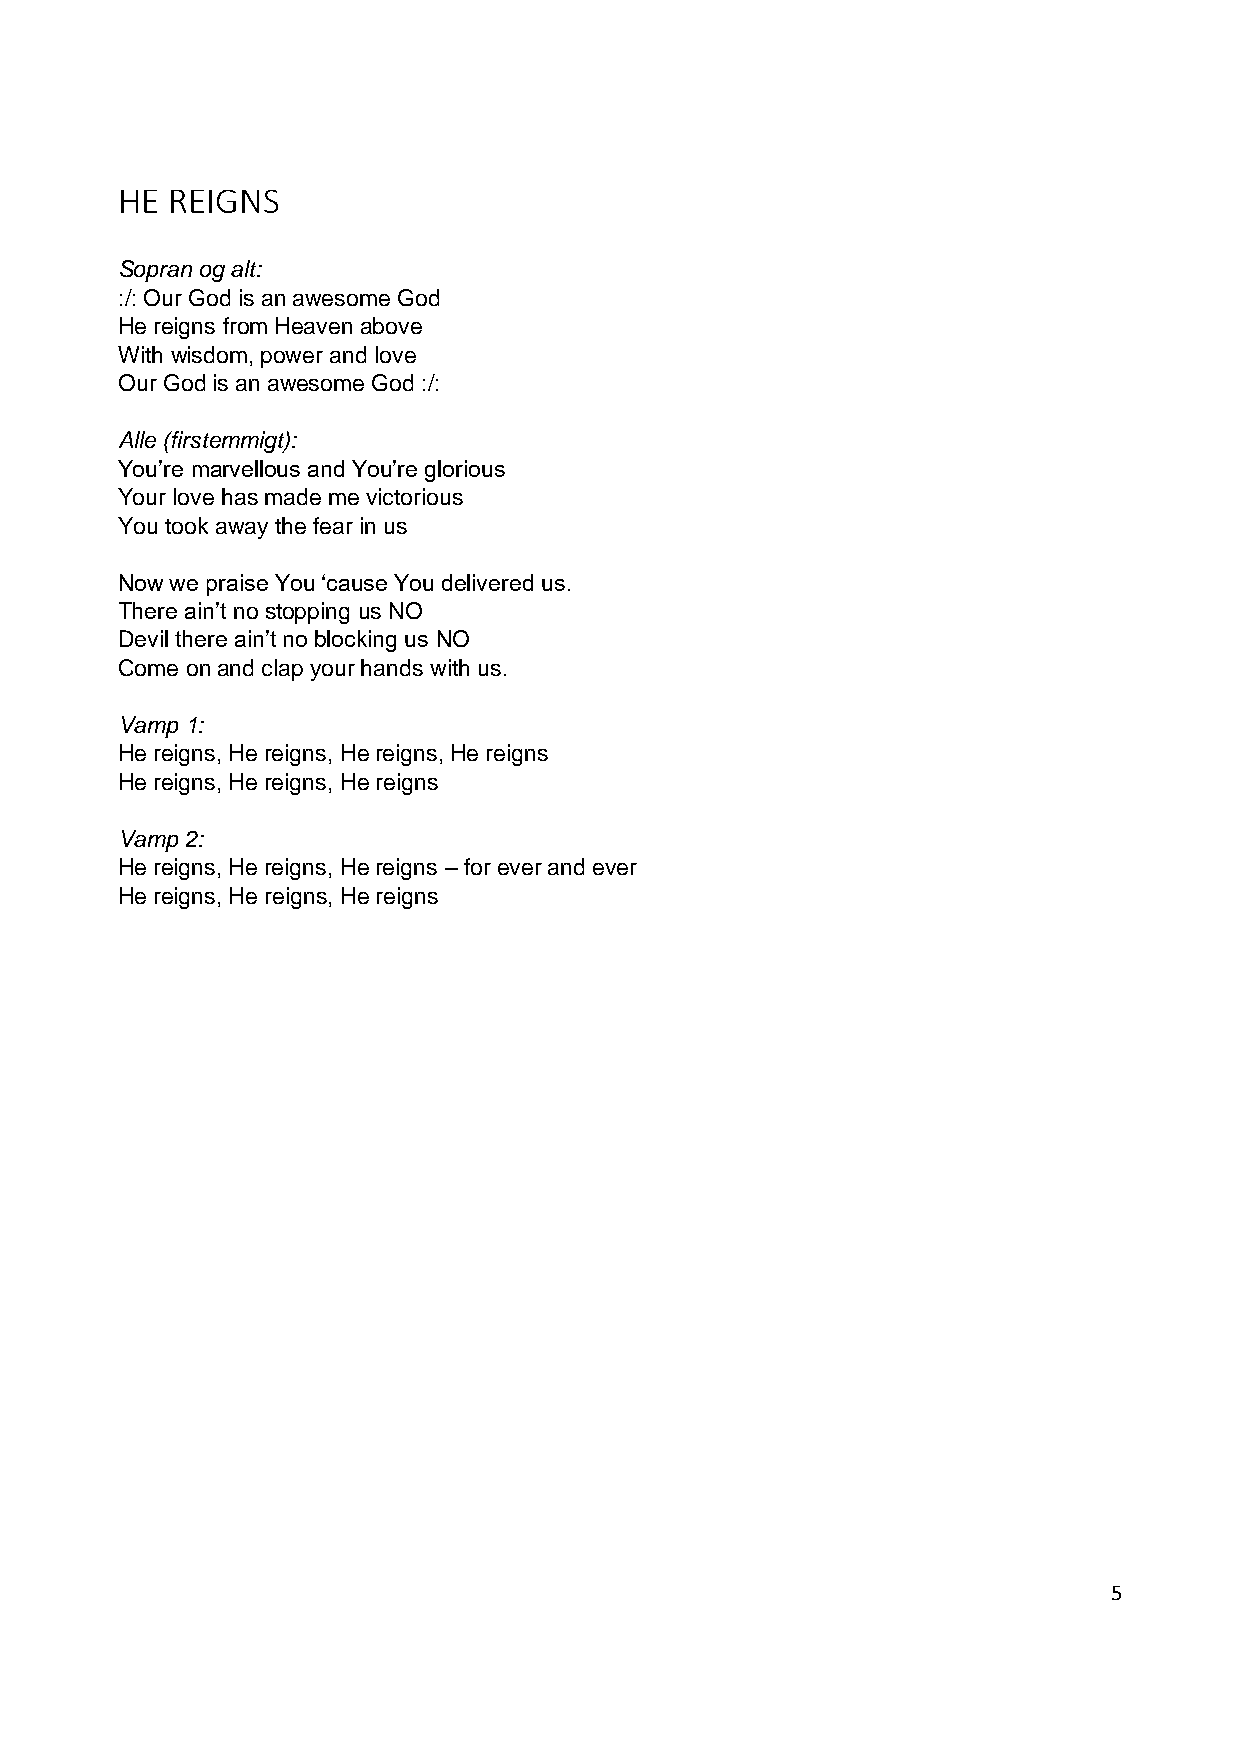
HE REIGNS
 Sopran og alt:
 :/: Our God is an awesome God
 He reigns from Heaven above
 With wisdom, power and love
 Our God is an awesome God :/:
 Alle (firstemmigt):
 You’re marvellous and You’re glorious
 Your love has made me victorious
 You took away the fear in us
 Now we praise You ‘cause You delivered us.
 There ain’t no stopping us NO
 Devil there ain’t no blocking us NO
 Come on and clap your hands with us.
 Vamp 1:
 He reigns, He reigns, He reigns, He reigns
 He reigns, He reigns, He reigns
 Vamp 2:
 He reigns, He reigns, He reigns – for ever and ever
 He reigns, He reigns, He reigns
 5